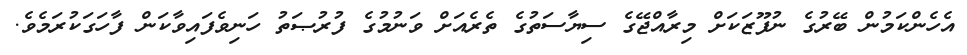
އެހެންކަމުން ބޭރުގެ ނުފޫޒަކަށް މިރާއްޖޭގެ ސިޔާސަތުގެ ތެރެއަށް ވަނުމުގެ ފުރުޞަތު ހަނިވެފައިވާކަން ފާހަގަކުރަމެވެ.